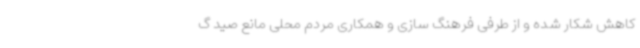
کاهش شکار شده و از طرفی فرهنگ سازی و همکاری مردم‌ محلی مانع صید گ